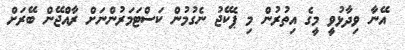
އޭނާ ވިދާޅުވީ މީގެ އިތުރުން މި ޕެކޭޖު ނެގުމުން ކަސްޓަމަރުންނަށް ރާއްޖޭން ބޭރަށް